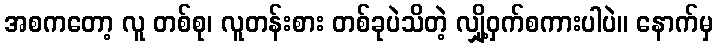
အစကတော့ လူ တစ်စု၊ လူတန်းစား တစ်ခုပဲသိတဲ့ လျှို့ဝှက်စကားပါပဲ။ နောက်မှ